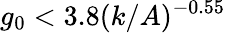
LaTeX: g_{0}<3.8(k/A)^{-0.55}